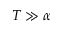
T \gg \alpha